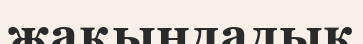
жақындадық